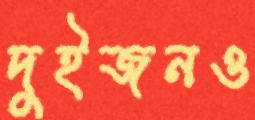
দুইজনও